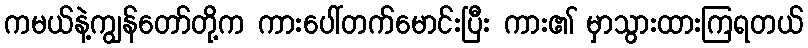
ကမယ်နဲ့ကျွန်တော်တို့က ကားပေါ်တက်မောင်းပြီး ကား၏ မှာသွားထားကြရတယ်